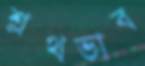
শ্লথভাব